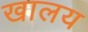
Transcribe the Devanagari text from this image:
खालय